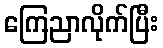
ကြေညာလိုက်ပြီး